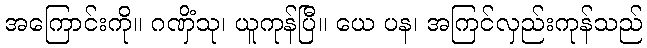
အကြောင်းကို။ ဂဏှိံသု၊ ယူကုန်ပြီ။ ယေ ပန၊ အကြင်လှည်းကုန်သည်